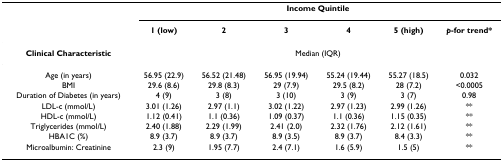
<table><thead><tr><td></td><td colspan="6"><b>Income Quintile</b></td></tr><tr><td></td><td><b>1 (low)</b></td><td><b>2</b></td><td><b>3</b></td><td><b>4</b></td><td><b>5 (high)</b></td><td><b><i>p</i>-for trend*</b></td></tr></thead><tbody><tr><td><b>Clinical Characteristic</b></td><td colspan="6">Median (IQR)</td></tr><tr><td>Age (in years)</td><td>56.95 (22.9)</td><td>56.52 (21.48)</td><td>56.95 (19.94)</td><td>55.24 (19.44)</td><td>55.27 (18.5)</td><td>0.032</td></tr><tr><td>BMI</td><td>29.6 (8.6)</td><td>29.8 (8.3)</td><td>29 (7.9)</td><td>29.5 (8.2)</td><td>28 (7.2)</td><td>&lt;0.0005</td></tr><tr><td>Duration of Diabetes (in years)</td><td>4 (9)</td><td>3 (8)</td><td>3 (10)</td><td>3 (9)</td><td>3 (7)</td><td>0.98</td></tr><tr><td>LDL-c (mmol/L)</td><td>3.01 (1.26)</td><td>2.97 (1.1)</td><td>3.02 (1.22)</td><td>2.97 (1.23)</td><td>2.99 (1.26)</td><td>**</td></tr><tr><td>HDL-c (mmol/L)</td><td>1.12 (0.41)</td><td>1.1 (0.36)</td><td>1.09 (0.37)</td><td>1.1 (0.36)</td><td>1.15 (0.35)</td><td>**</td></tr><tr><td>Triglycerides (mmol/L)</td><td>2.40 (1.88)</td><td>2.29 (1.99)</td><td>2.41 (2.0)</td><td>2.32 (1.76)</td><td>2.12 (1.61)</td><td>**</td></tr><tr><td>HBA1C (%)</td><td>8.9 (3.7)</td><td>8.9 (3.7)</td><td>8.9 (3.5)</td><td>8.9 (3.7)</td><td>8.4 (3.3)</td><td>**</td></tr><tr><td>Microalbumin: Creatinine</td><td>2.3 (9)</td><td>1.95 (7.7)</td><td>2.4 (7.1)</td><td>1.6 (5.9)</td><td>1.5 (5)</td><td>**</td></tr></tbody></table>